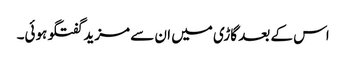
اس کے بعد گاڑی میں ان سے مزید گفتگو ہوئی۔